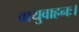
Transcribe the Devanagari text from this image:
वायुवाहनः।